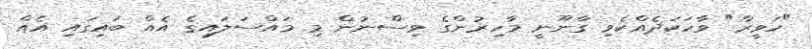
"ހަވީރާ" ވާހަކަދެއްކެވި ގާނޫނީ މާހިރުންގެ ވިސްނުން މި މައްސަލައިގެ އެއް ބައިގައި އެއް